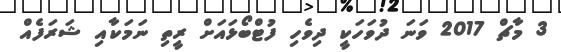
3 މާޗް 2017 ވަނަ ދުވަހަކީ ދިވެހި ފުޓްބޯޅައަށް ރީތި ނަމަކާއި ޝަރަފެއް